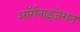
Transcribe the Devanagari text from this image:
आॅर्गनाइजेशन